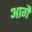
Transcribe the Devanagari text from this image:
आगैं